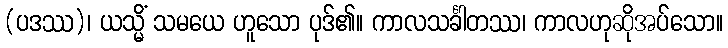
(ပဒဿ)၊ ယသ္မိံ သမယေ ဟူသော ပုဒ်၏။ ကာလသင်္ခါတဿ၊ ကာလဟုဆိုအပ်သော။